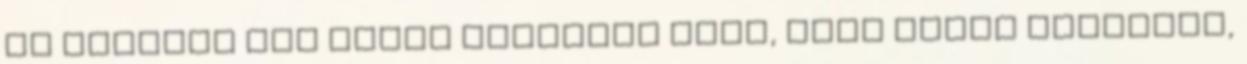
és ívelődő fül nemes lelkület jele, mely annál nemesebb,